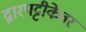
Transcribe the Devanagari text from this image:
द्वारपट्टीकेवर